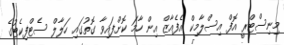
މިނިސްޓްރީ އޮފް އިސްލާމިކް އެފެއާޒް އިން ހާމަ ކޮށްފައިވާ ގޮތުގައި ހަލާލް ސެޓްފިކެޓުގެ